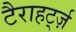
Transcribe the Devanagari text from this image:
टैराहर्ट्ज़